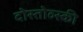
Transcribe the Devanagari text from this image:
दोस्तोव्स्की